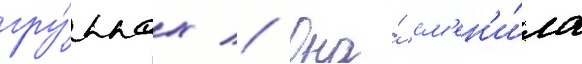
гру́ппах // Она́ см'ен'и́ла